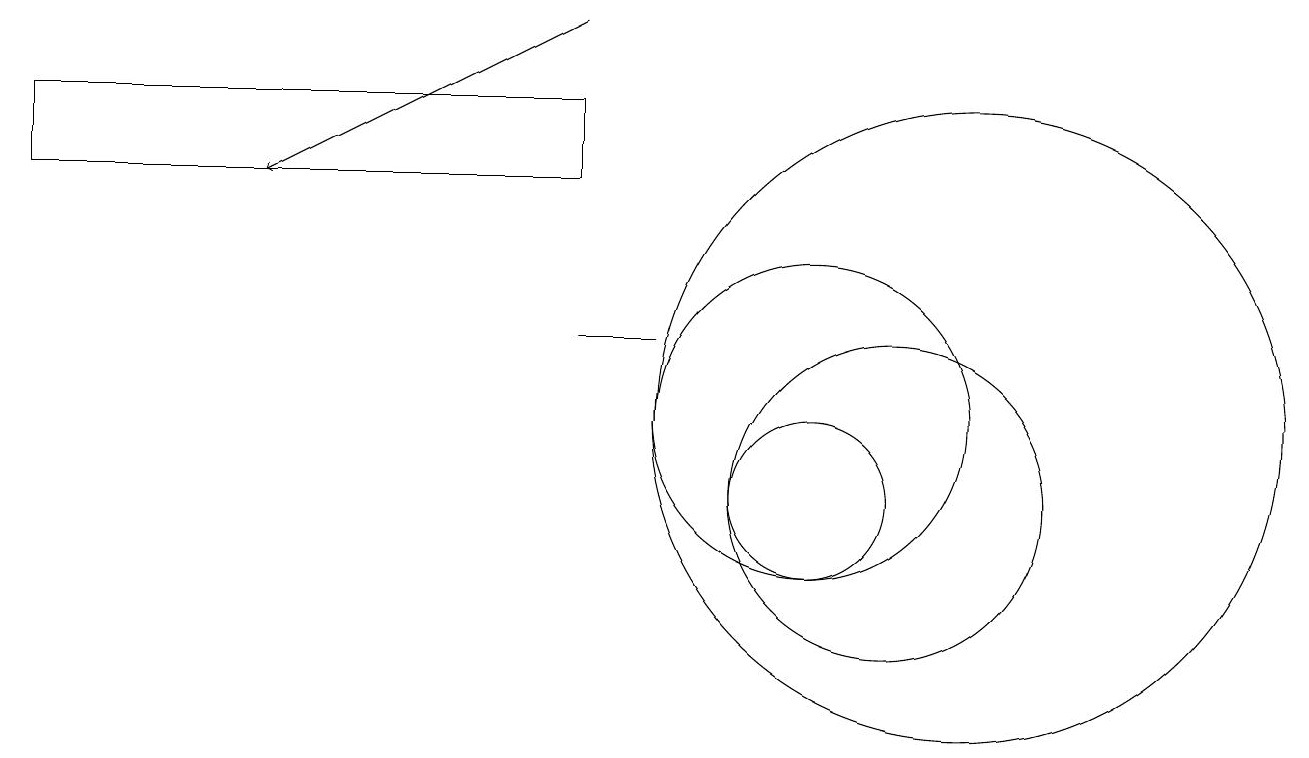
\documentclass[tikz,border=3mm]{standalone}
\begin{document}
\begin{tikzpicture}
\draw[->] (7,16) -- (3,14);
\draw (12,11) circle (4);
\draw (10,11) circle (2);
\draw (7,14) rectangle (0,15);
\draw (11,10) circle (2);
\draw (10,10) circle (1);
\draw (7,12) rectangle (8,12);
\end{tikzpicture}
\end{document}